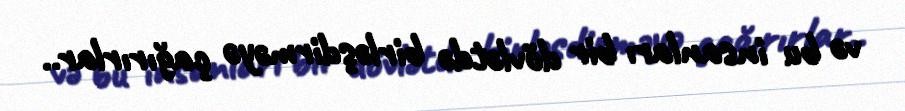
və bu insanları bir dövlətdə birləşdirməyə çağırırlar..